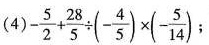
(4)$$- \frac { 5 } { 2 } + \frac { 2 8 } { 5 } \div (- \frac { 4 } { 5 } ) \times (- \frac { 5 } { 1 4 }$$ ；